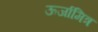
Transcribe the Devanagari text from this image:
ऊर्जामित्र